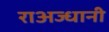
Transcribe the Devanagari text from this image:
राअज्धानी